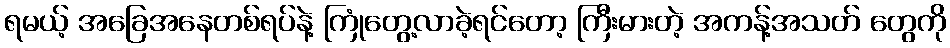
ရမယ့် အခြေအနေတစ်ရပ်နဲ့ ကြုံတွေ့လာခဲ့ရင်တော့ ကြီးမားတဲ့ အကန့်အသတ် တွေကို